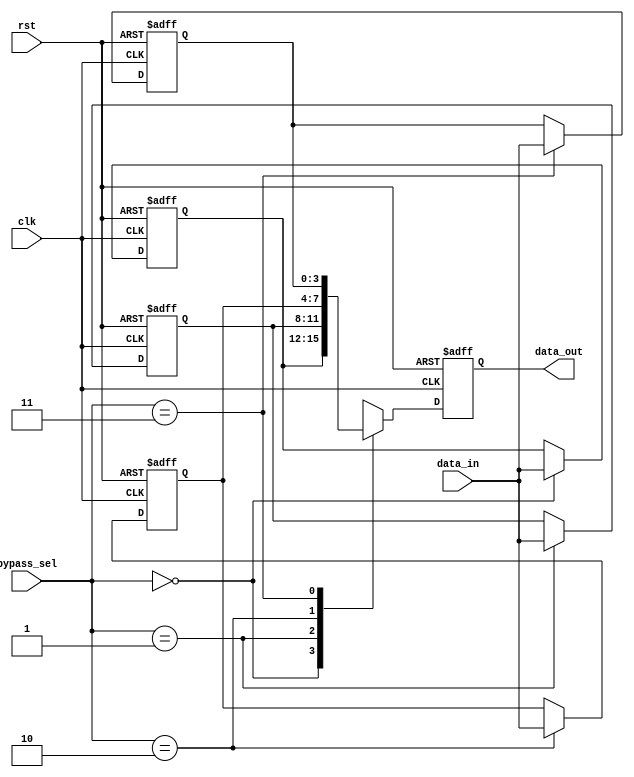
module bypass_register (
    input wire clk,
    input wire rst,
    input wire [3:0] data_in,
    input wire [1:0] bypass_sel,
    output reg [3:0] data_out
);

reg [3:0] reg0, reg1, reg2, reg3;

always @(posedge clk or posedge rst) begin
    if (rst) begin
        reg0 <= 4'h0;
        reg1 <= 4'h0;
        reg2 <= 4'h0;
        reg3 <= 4'h0;
        data_out <= 4'h0;
    end else begin
        case (bypass_sel)
            2'b00: begin
                reg0 <= data_in;
                data_out <= reg0;
            end
            2'b01: begin
                reg1 <= data_in;
                data_out <= reg1;
            end
            2'b10: begin
                reg2 <= data_in;
                data_out <= reg2;
            end
            2'b11: begin
                reg3 <= data_in;
                data_out <= reg3;
            end
        endcase
    end
end

endmodule